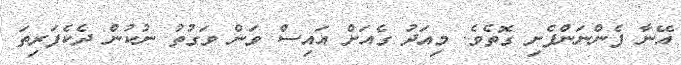
އޭނާ ފެންނަންފެށި ގޮތެވެ. މިއަދު ގެއަށް އައިސް ވަން ވަގުތު ނުކުން ދެކެފަރިތަ